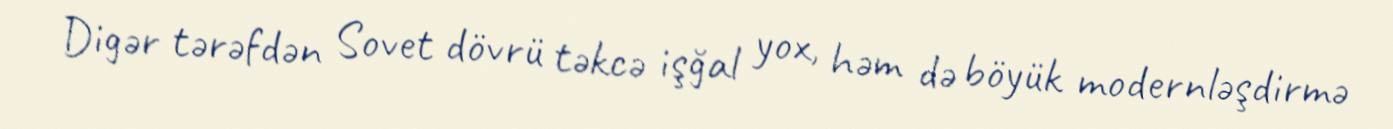
Digər tərəfdən Sovet dövrü təkcə işğal yox, həm də böyük modernləşdirmə